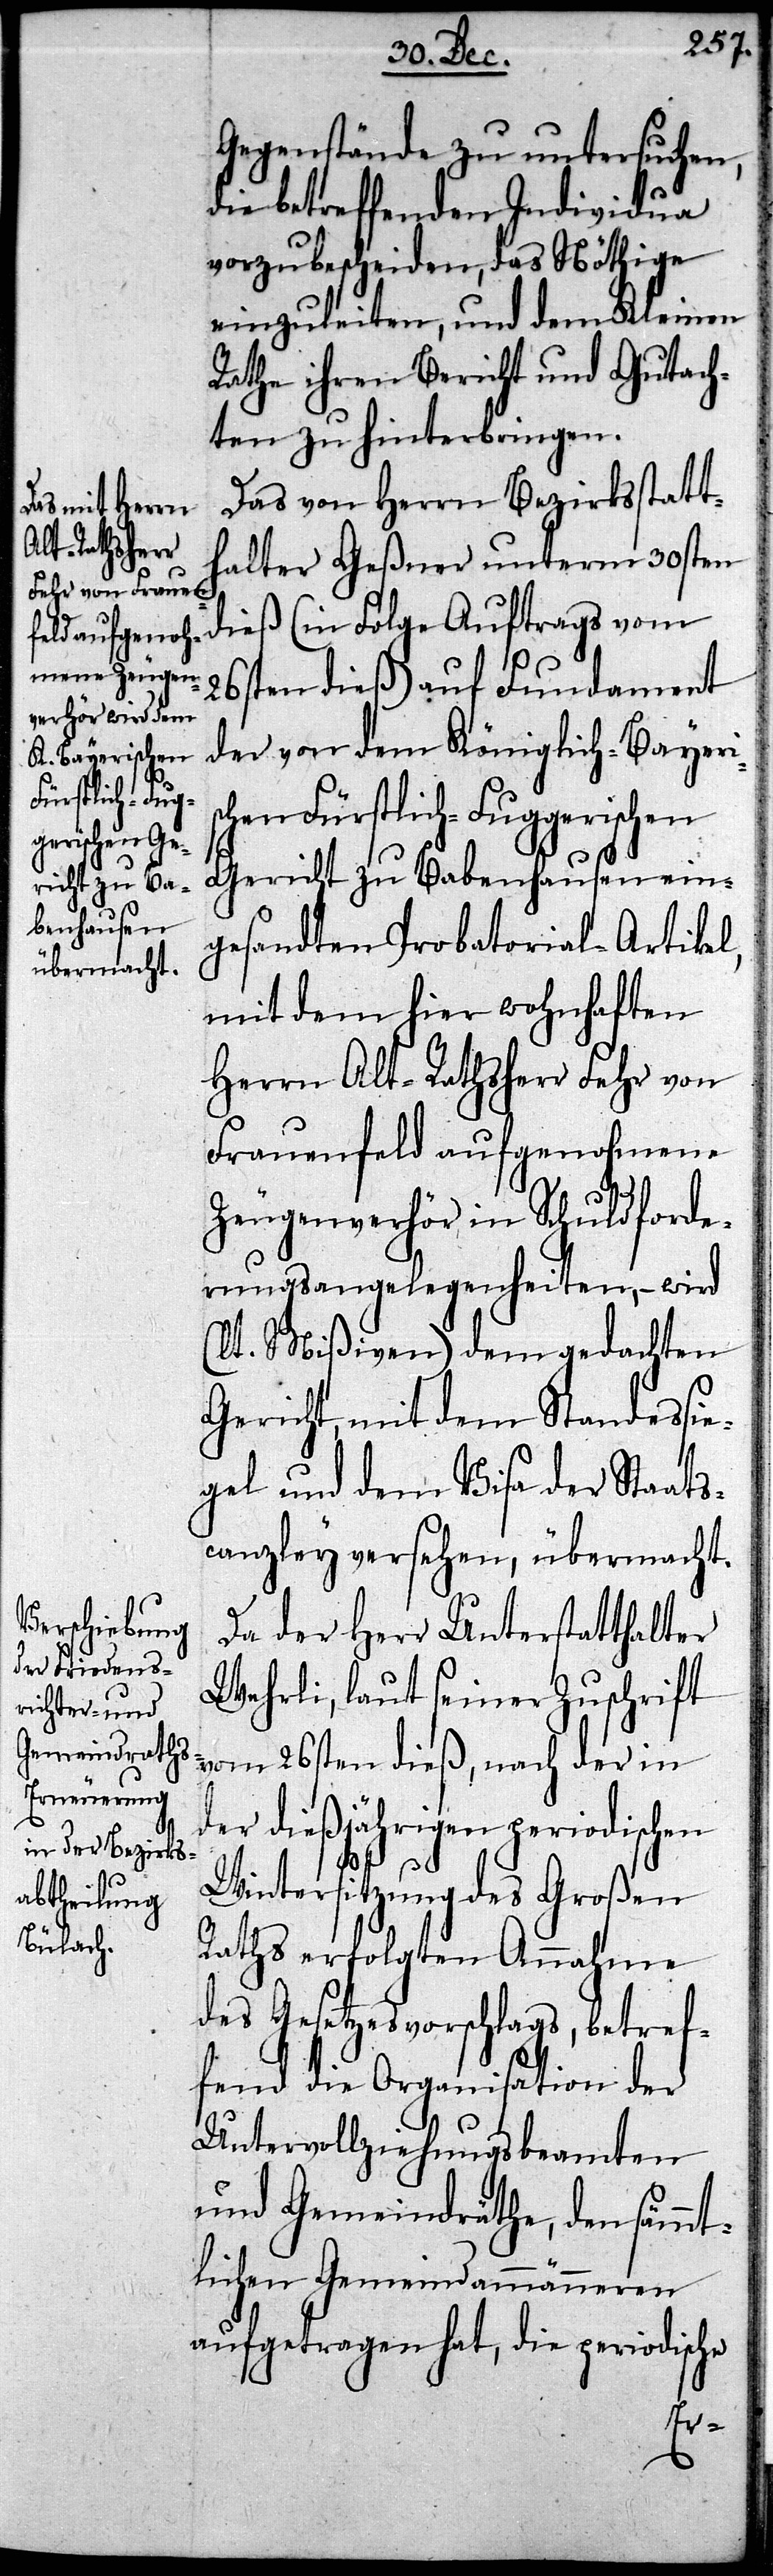
Gegenstände zu untersuchen,
die betreffenden Individua
vorzubescheiden, das Nöthige
einzuleiten, und dem Kleinen
Rathe ihren Bericht und Gutach¬
ten zu hinterbringen.
Das von Herrn Bezirksstatt¬
halter Geßner unterm 30sten
26sten dieß) auf Fundament
der von dem Königlich-Bayeris¬
chen Fürstlich-Fuggerischen
Gericht zu Babenhausen ein¬
gesandten Probatorial-Artikel,
mit dem hier wohnhaften
Herrn Alt-Rathsherr Fehr von
Frauenfeld aufgenohmene
Zeugenverhör in Schuldforde¬
rungsangelegenheiten, – wird
(lt. Mißiven) dem gedachten
Gericht, mit dem Standessie¬
gel und dem Visa der Staats¬
canzley versehen, übermacht.
Da der Herr Unterstatthalter
Wehrli, laut seiner Zuschrift
vom 26sten dieß, nach der in
der dießjährigen periodischen
Wintersitzung des Großen
Raths erfolgten Annahme
des Gesetzesvorschlags, betref¬
fend die Organisation der
Untervollziehungsbeamten
und Gemeindräthe, den sämmt¬
lichen Gemeindammänneren
aufgetragen hat, die periodische